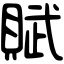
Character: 賦